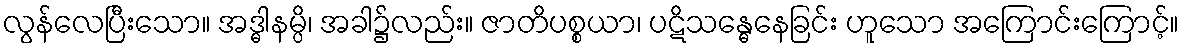
လွန်လေပြီးသော။ အဒ္ဓါနမ္ပိ၊ အခါ၌လည်း။ ဇာတိပစ္စယာ၊ ပဋိသန္ဓေနေခြင်း ဟူသော အကြောင်းကြောင့်။